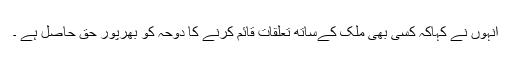
انہوں نے کہاکہ کسی بھی ملک کےساتھ تعلقات قائم کرنے کا دوحہ کو بھرپور حق حاصل ہے ۔